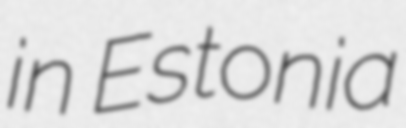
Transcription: in Estonia